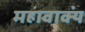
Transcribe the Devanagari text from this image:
महावाक्यं